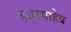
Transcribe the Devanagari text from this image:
हजूरसाहेब